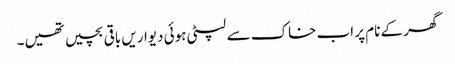
گھر کے نام پر اب خاک سے لپٹی ہوئی دیواریں باقی بچیں تھیں۔